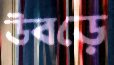
উবড়ে